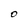
Character: O